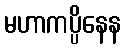
မဟာကပ္ပိနေန